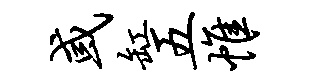
或缸五帷